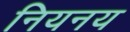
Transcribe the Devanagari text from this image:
नियनय